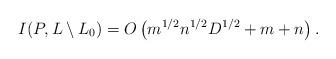
LaTeX: \begin{align*} I(P,L\setminus L_0) = O\left(m^{1/2}n^{1/2}D^{1/2} + m + n\right) .\end{align*}